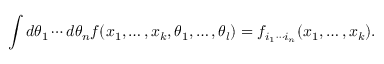
\int d \theta _ { 1 } \cdots d \theta _ { n } f ( x _ { 1 } , \ldots , x _ { k } , \theta _ { 1 } , \ldots , \theta _ { l } ) = f _ { i _ { 1 } \cdots i _ { n } } ( x _ { 1 } , \ldots , x _ { k } ) .